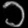
Digit: ၁